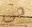
حى